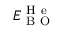
E _ { \mathrm { ~ B ~ O ~ } } ^ { \mathrm { ~ H ~ e ~ } }